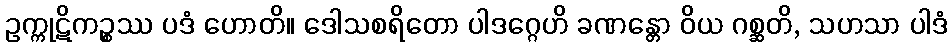
ဥက္ကုဋိကဉ္စဿ ပဒံ ဟောတိ။ ဒေါသစရိတော ပါဒဂ္ဂေဟိ ခဏန္တော ဝိယ ဂစ္ဆတိ, သဟသာ ပါဒံ